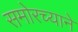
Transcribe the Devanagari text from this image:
समोरच्याने